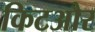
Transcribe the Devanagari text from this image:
किटऔर